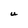
Character: U